Annual administration report of the Civil Veterinary Department, Ajmere-Merwara, British Rajputana - 1914-1940
Year: 1914
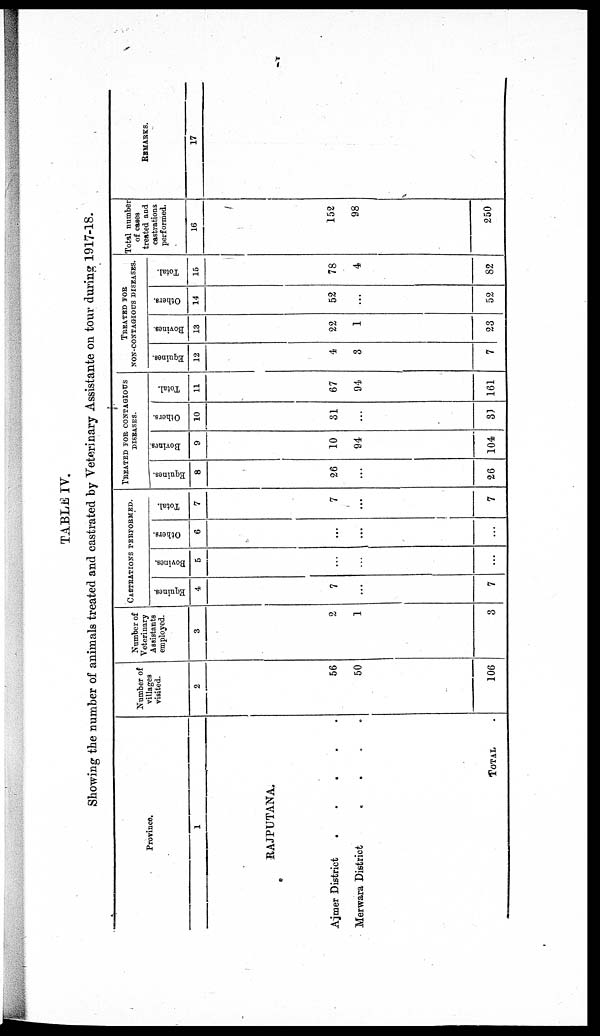
TABLE IV.
Showing the number of animals treated and castrated by Veterinary Assistante on tour during 1917-18.
Province.
1
RAJPUTANA.
Ajmer District
.
.
.
.
.
Merwara District
.
.
.
.
TOTAL
Number of
villages
visited.
2
56
50
106
Number of
Veterinary
Assistants
employed.
3
2
1
3
CASTRASTION PERFORMED.
Equines.
4
7
...
7
Bovines.
5
...
...
...
Others.
6
...
...
...
Total.
7
7
...
7
TREATED FOR CONTAGIOUS
DISEASES.
Equines.
8
26
...
26
Bovines.
9
10
94
104
Others.
10
31
...
31
Total.
11
67
94
161
TREATED FOR
NON-CONTAGIOUS DISEASE.
Equines.
12
4
3
7
Bovines.
13
22
1
23
Others.
14
52
...
52
Total.
15
78
4
82
Total number
of cases
treated and
castrations
performed.
16
152
98
250
REMARKS.
17